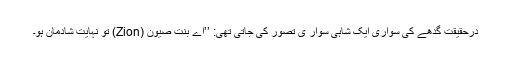
درحقیقت گدھے کی سواری ایک شاہی سوار ی تصور کی جاتی تھی: ’’اے بنتِ صیون (Zion) تو نہایت شادمان ہو۔